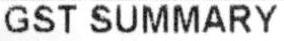
GST SUMMARY